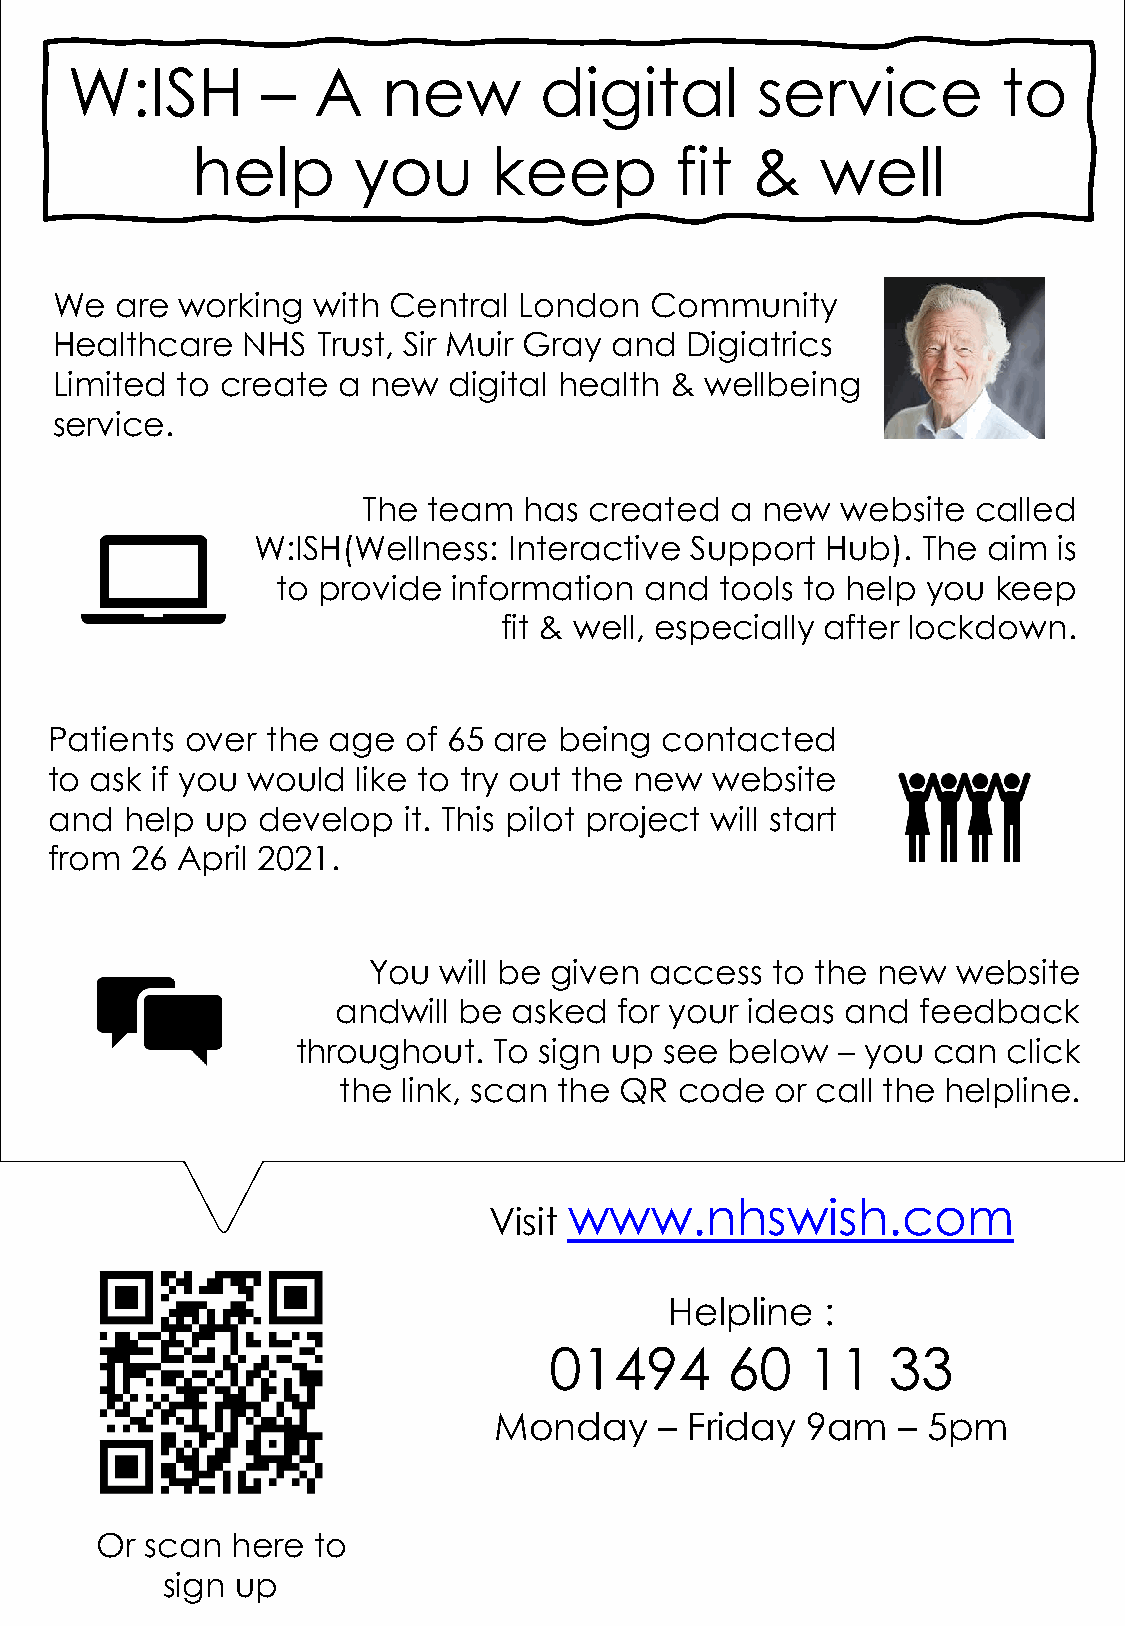
W:ISH        –   A   new        digital       service         to
 help      you       keep        fit  &   well
 We   are working  with Central London   Community
 Healthcare   NHS  Trust, Sir Muir Gray and Digiatrics
 Limited  to create a new   digital health & wellbeing
 service.
 The team   has created  a new   website  called
 W:ISH (Wellness: Interactive Support  Hub). The aim  is
 to provide  information  and  tools to help you keep
 fit & well, especially after lockdown.
 Patients over  the age  of 65 are being  contacted
 to ask if you would  like to try out the new website
 and  help  up develop   it. This pilot project will start
 from  26 April 2021.
 You  will be given access  to the new  website
 and  will be asked for your ideas and  feedback
 throughout.  To sign up see below  – you  can  click
 the  link, scan the QR code  or call the helpline.
 www.nhswish.com
 Visit
 Helpline   :
 01494       60    11   33
 Monday     – Friday 9am   – 5pm
 Or  scan here  to
 sign up